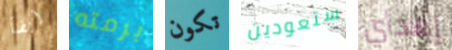
أيضآ برمته تكون ستعودين إهدأي